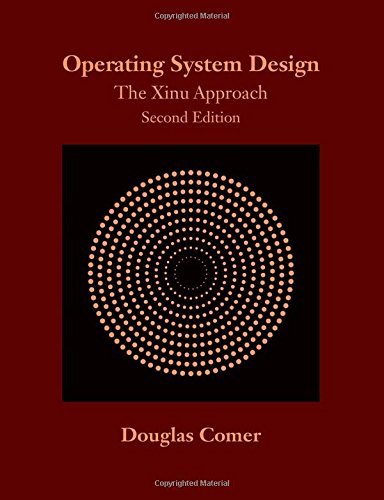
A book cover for Operating System Design: The Xinu Approach, Second Edition; Douglas Comer; Computers & Technology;